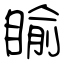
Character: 睮